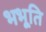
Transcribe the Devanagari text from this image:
भभूति